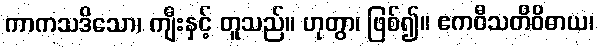
ကာကသဒိသော၊ ကျီးနှင့် တူသည်။ ဟုတွာ၊ ဖြစ်၍။ ဧကဝီသတိဝိဓာယ၊